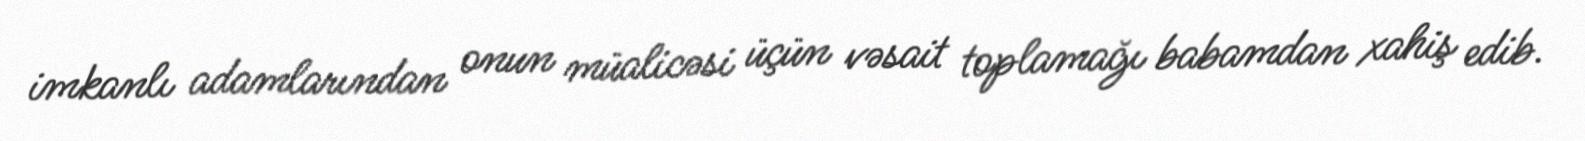
imkanlı adamlarından onun müalicəsi üçün vəsait toplamağı babamdan xahiş edib.